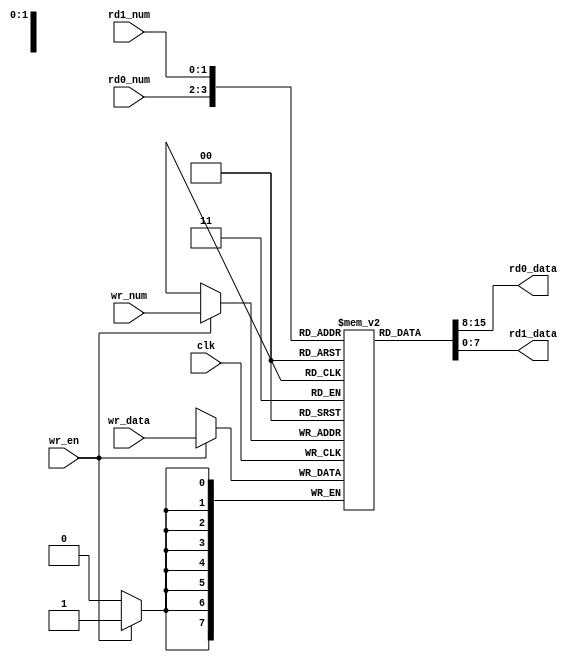
module regfile(wr_data, wr_num, wr_en, rd0_data, rd1_data, rd0_num, rd1_num, clk);
    parameter n=8;
    input [n-1:0] wr_data;
    input [1:0] wr_num;
    input wr_en;
    output [n-1:0] rd0_data, rd1_data;
    input [1:0] rd0_num, rd1_num;
    input clk;

    reg[n-1:0] data [0:3]; // general-purpose registers r0-r3

    always @(posedge clk)
        if(wr_en) data[wr_num] <= wr_data;

    assign rd0_data = data[rd0_num];
    assign rd1_data = data[rd1_num];

endmodule